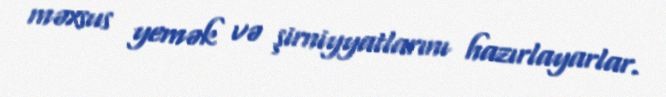
məxsus yemək və şirniyyatlarını hazırlayarlar.